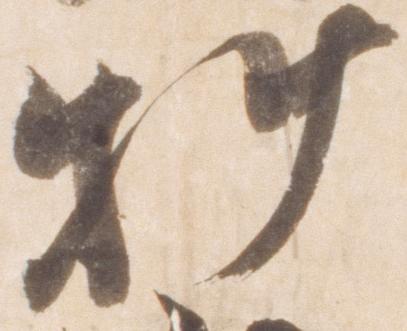
料